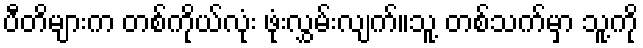
ပီတိများက တစ်ကိုယ်လုံး ဖုံးလွှမ်းလျက်။သူ့ တစ်သက်မှာ သူ့ကို